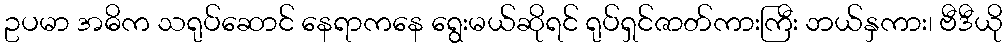
ဥပမာ အဓိက သရုပ်ဆောင် နေရာကနေ ရွေးမယ်ဆိုရင် ရုပ်ရှင်ဇာတ်ကားကြီး ဘယ်နှကား၊ ဗီဒီယို